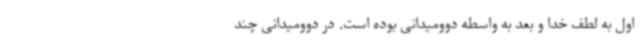
اول به لطف خدا و بعد به واسطه دوومیدانی بوده است. در دوومیدانی چند